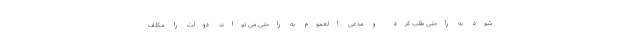
شود به راحتی طلب کرد و مدعی العموم به راحتی می تواند دولت را مکلف